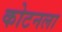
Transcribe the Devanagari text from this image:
कोटनला